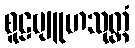
စူဠဗျူဟသုတ္တံ